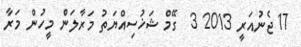
17 ޖެނުއަރީ 2013 3  ގޭމް ޝަޚުސިއްޔަތު މަރާލަން މީހުން މަރާ